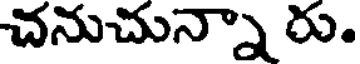
చనుచున్నా రు.